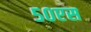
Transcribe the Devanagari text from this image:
५०एस